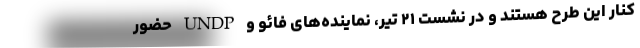
کنار این طرح هستند و در نشست ۲۱ تیر، نماینده‌های فائو و UNDP حضور